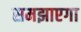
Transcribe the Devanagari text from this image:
समझाएगा